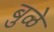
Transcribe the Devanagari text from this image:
बुळे